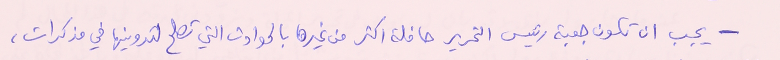
- يجب ان تكون جعبة رئيس التحرير حافلة اكثر من غيرها بالحوادث التي تصلح لتدوينها في مذكرات،